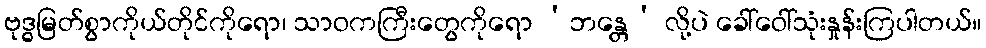
ဗုဒ္ဓမြတ်စွာကိုယ်တိုင်ကိုရော၊ သာဝကကြီးတွေကိုရော ‘ဘန္တေ’ လို့ပဲ ခေါ်ဝေါ်သုံးနှုန်းကြပါတယ်။